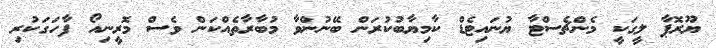
ޔޫރޮޕާ ލީގަކީ މެންޗެސްޓާ ޔުނައިޓެޑް ކާމިޔާބުކުރަން ބޭނުންވާ މުބާރާތެއްކަން ވެސް މޮރީނިއޯ ފާހަގަކުރި